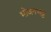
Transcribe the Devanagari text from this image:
भोजनभट्ट